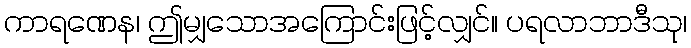
ကာရဏေန၊ ဤမျှသောအကြောင်းဖြင့်လျှင်။ ပရလာဘာဒီသု၊